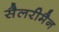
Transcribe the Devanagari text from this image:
सैलरीमैन